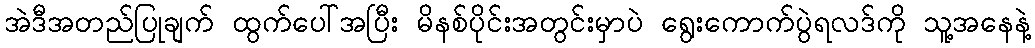
အဲဒီအတည်ပြုချက် ထွက်ပေါ်အပြီး မိနစ်ပိုင်းအတွင်းမှာပဲ ရွေးကောက်ပွဲရလဒ်ကို သူ့အနေနဲ့